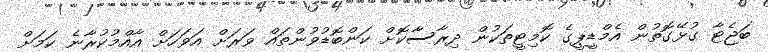
ބަޖެޓާ ގުޅޭގޮތުން އެމްޑީޕީގެ ކޮމިޓީތަކުން ދިރާސާކޮށް ކަންބޮޑުވުންތައް ވަރަށް އަވަހަށް އާއްމުކުރާނެ ކަމަށް